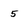
Character: 5